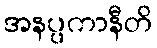
အနပ္ပကာနီတိ